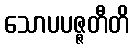
သောပပဇ္ဇတီတိ